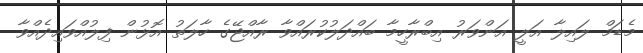
މެޑަމް ލައިލާ އަލީ އަންވަރު އިބްރާހީމާ ބައްދަލުކުރައްވާ ރާއްޖޭގެ ހާލަތު އޮޅުން ފިލުއްވައިދެއްވާ